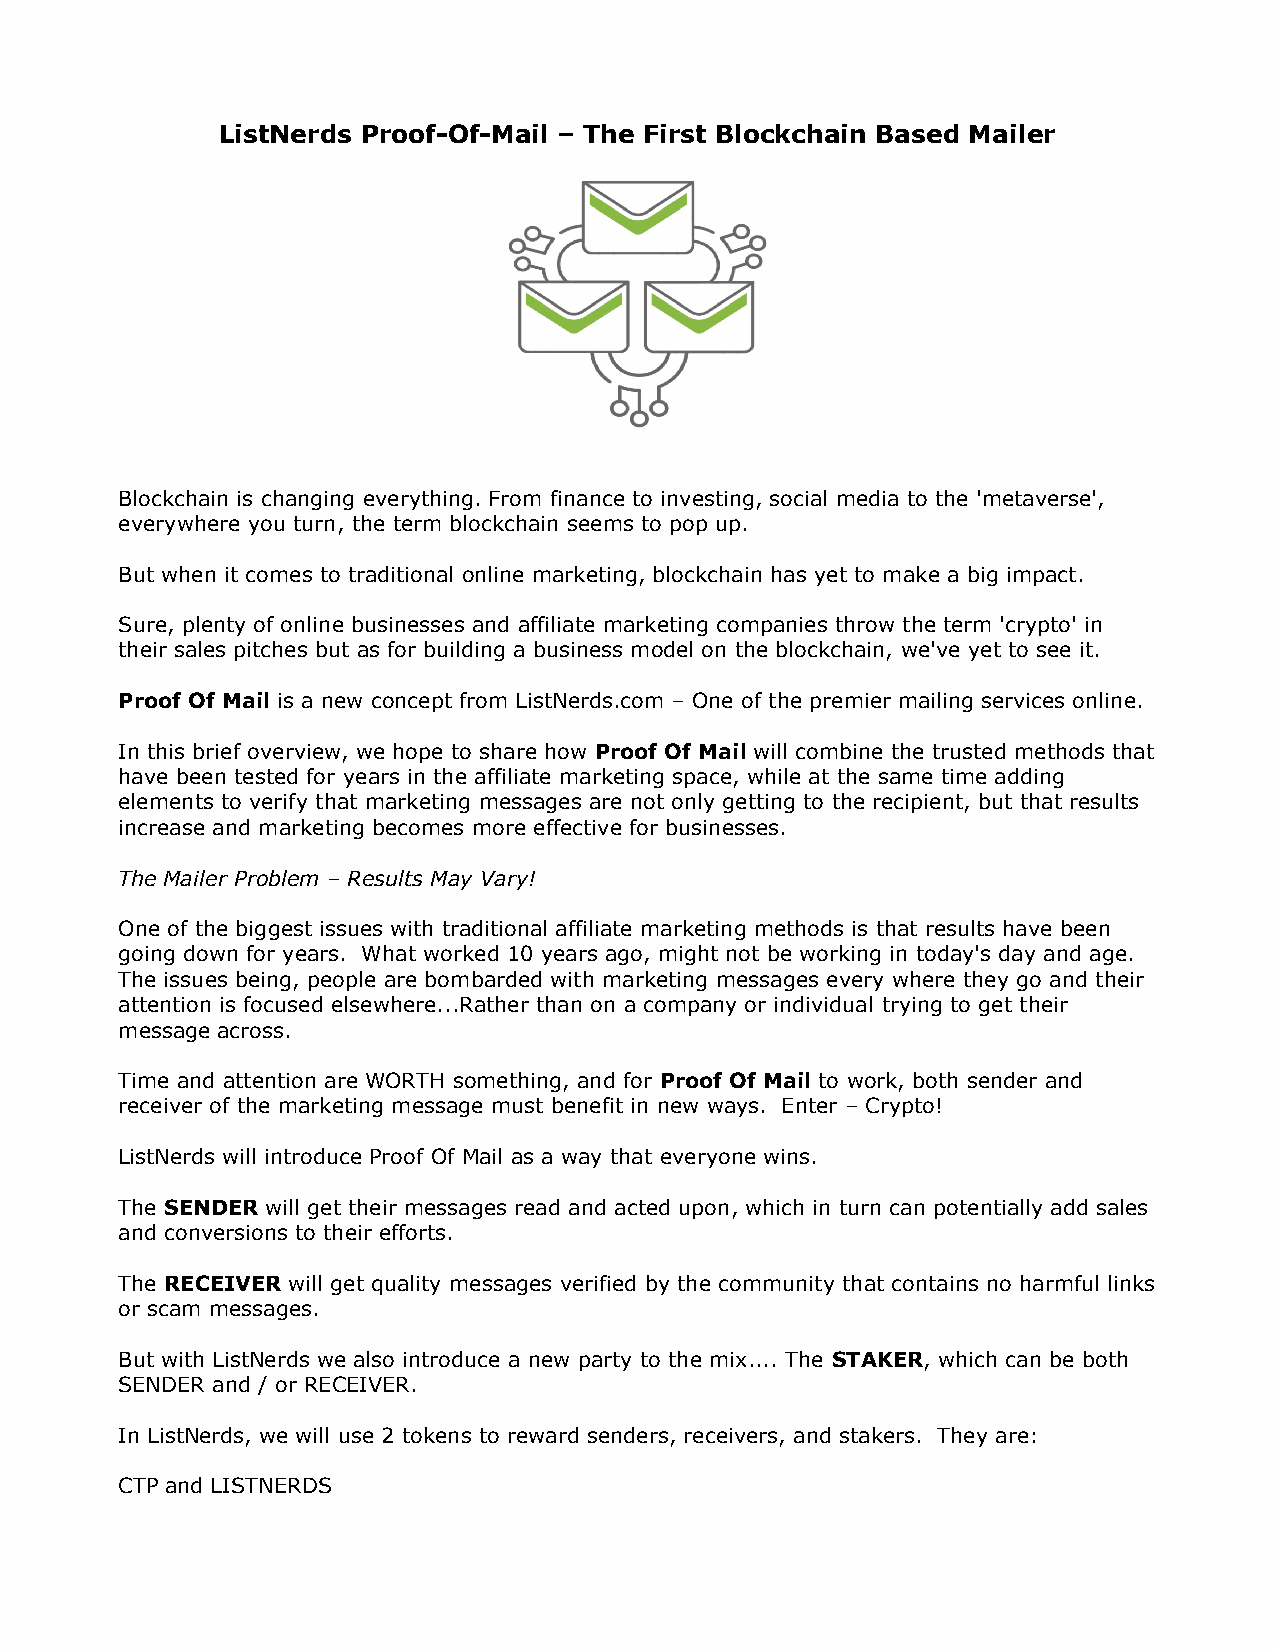
ListNerds Proof-Of-Mail – The First Blockchain Based Mailer
 Blockchain is changing everything. From finance to investing, social media to the 'metaverse',
 everywhere you turn, the term blockchain seems to pop up.
 But when it comes to traditional online marketing, blockchain has yet to make a big impact.
 Sure, plenty of online businesses and affiliate marketing companies throw the term 'crypto' in
 their sales pitches but as for building a business model on the blockchain, we've yet to see it.
 Proof Of Mail is a new concept from ListNerds.com – One of the premier mailing services online.
 In this brief overview, we hope to share how Proof Of Mail will combine the trusted methods that
 have been tested for years in the affiliate marketing space, while at the same time adding
 elements to verify that marketing messages are not only getting to the recipient, but that results
 increase and marketing becomes more effective for businesses.
 The Mailer Problem – Results May Vary!
 One of the biggest issues with traditional affiliate marketing methods is that results have been
 going down for years. What worked 10 years ago, might not be working in today's day and age.
 The issues being, people are bombarded with marketing messages every where they go and their
 attention is focused elsewhere...Rather than on a company or individual trying to get their
 message across.
 Time and attention are WORTH something, and for Proof Of Mail to work, both sender and
 receiver of the marketing message must benefit in new ways. Enter – Crypto!
 ListNerds will introduce Proof Of Mail as a way that everyone wins.
 The SENDER will get their messages read and acted upon, which in turn can potentially add sales
 and conversions to their efforts.
 The RECEIVER will get quality messages verified by the community that contains no harmful links
 or scam messages.
 But with ListNerds we also introduce a new party to the mix.... The STAKER, which can be both
 SENDER and / or RECEIVER.
 In ListNerds, we will use 2 tokens to reward senders, receivers, and stakers. They are:
 CTP and LISTNERDS